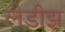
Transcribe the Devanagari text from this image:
लेडीझ